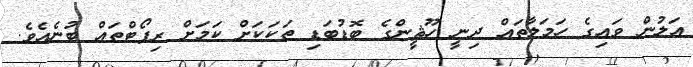
އަލުން ވައިގެ ހަމަލާތައް ދިނީ ހޫޘީންގެ ބޮޑުބަޑި ތަކަކަށް ކަމަށް ރިޕޯޓްތައް ބުނެއެވެ.